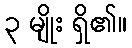
၃ မျိုး ရှိ၏။